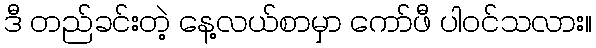
ဒီ တည်ခင်းတဲ့ နေ့လယ်စာမှာ ကော်ဖီ ပါဝင်သလား။